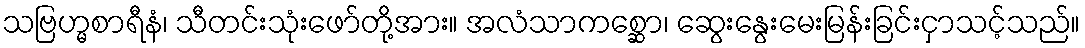
သဗြဟ္မစာရီနံ၊ သီတင်းသုံးဖော်တို့အား။ အလံသာကစ္ဆော၊ ဆွေးနွေးမေးမြန်းခြင်းငှာသင့်သည်။